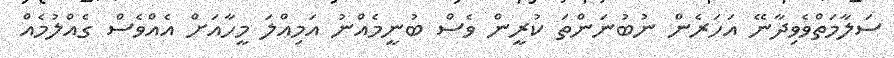
ސަލާމަތްވެވިދާނޭ އަހަރެން ނުބުނަންތަ ކުރީން ވެސް ބުނީމެއްނު އަމިއްލަ މީހާއަށް އެއްވެސް ގެއްލުމެއް